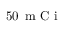
5 0 \, \mathrm { ~ m ~ C ~ i ~ }